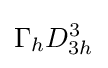
\Gamma _{h}D_{3h}^{3}